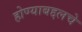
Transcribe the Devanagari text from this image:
होण्याबद्दलचे